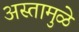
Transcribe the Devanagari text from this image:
अस्तामुळे